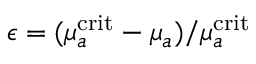
\epsilon = ( \mu _ { a } ^ { \mathrm { c r i t } } - \mu _ { a } ) / \mu _ { a } ^ { \mathrm { c r i t } }